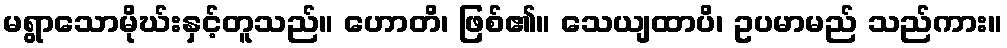
မရွာသောမိုဃ်းနှင့်တူသည်။ ဟောတိ၊ ဖြစ်၏။ သေယျထာပိ၊ ဥပမာမည် သည်ကား။